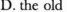
D. the old